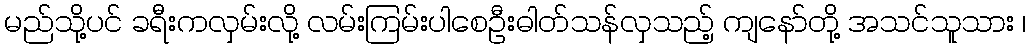
မည်သို့ပင် ခရီးကလှမ်းလို့ လမ်းကြမ်းပါစေဦးဓါတ်သန်လှသည့် ကျနော်တို့ အသင်သူသား ၊